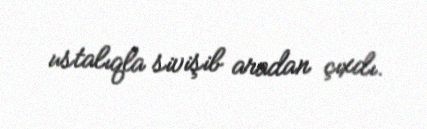
ustalıqla sivişib aradan çıxdı.